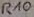
Text: R10